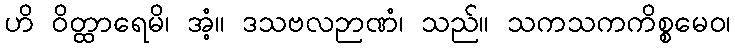
ဟိ ဝိတ္ထာရေမိ၊ အံ့။ ဒသဗလဉာဏံ၊ သည်။ သကသကကိစ္စမေဝ၊